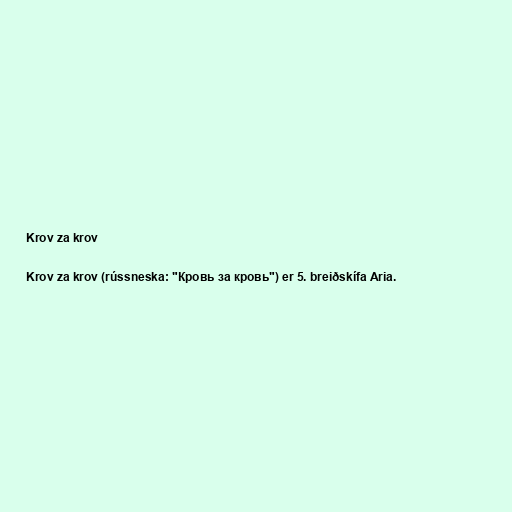
Krov za krov

Krov za krov (rússneska: "Кровь за кровь") er 5. breiðskífa Aria.